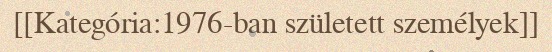
[[Kategória:1976-ban született személyek]]